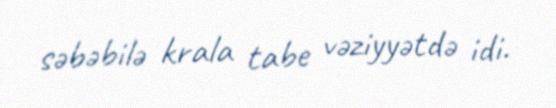
səbəbilə krala tabe vəziyyətdə idi.